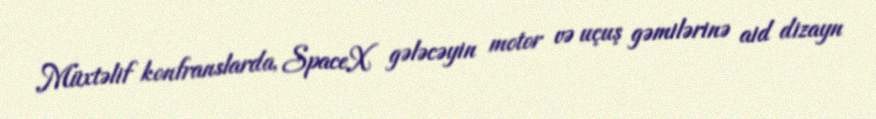
Müxtəlif konfranslarda, SpaceX gələcəyin motor və uçuş gəmilərinə aid dizayn